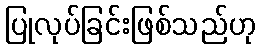
ပြုလုပ်ခြင်းဖြစ်သည်ဟု